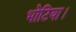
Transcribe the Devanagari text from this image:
भोटिया।